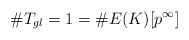
\begin{align*}\#T_{gl}=1=\#E(K)[p^{\infty}]\end{align*}